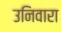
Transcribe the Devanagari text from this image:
उनिवारा